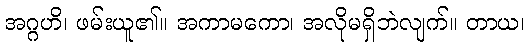
အဂ္ဂဟိ၊ ဖမ်းယူ၏။ အကာမကော၊ အလိုမရှိဘဲလျက်။ တာယ၊